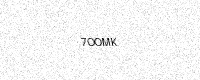
Text: 7OOMK